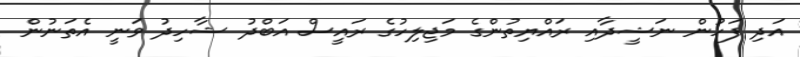
އަދި ފަހުން ނަޝީދާއި ރައްޔިތުންގެ މަޖިލިހުގެ ރައީސް އަބްދު ޝާހިދު ވަނީ އެތަނުން